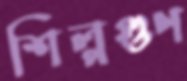
শিল্পগুণ